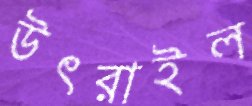
উৎরাইল